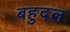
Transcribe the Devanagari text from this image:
बहुदल